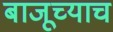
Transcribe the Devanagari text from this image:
बाजूच्याच